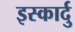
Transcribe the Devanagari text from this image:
इस्कार्दु